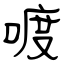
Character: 喥